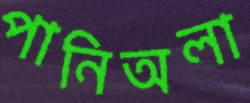
পানিঅলা